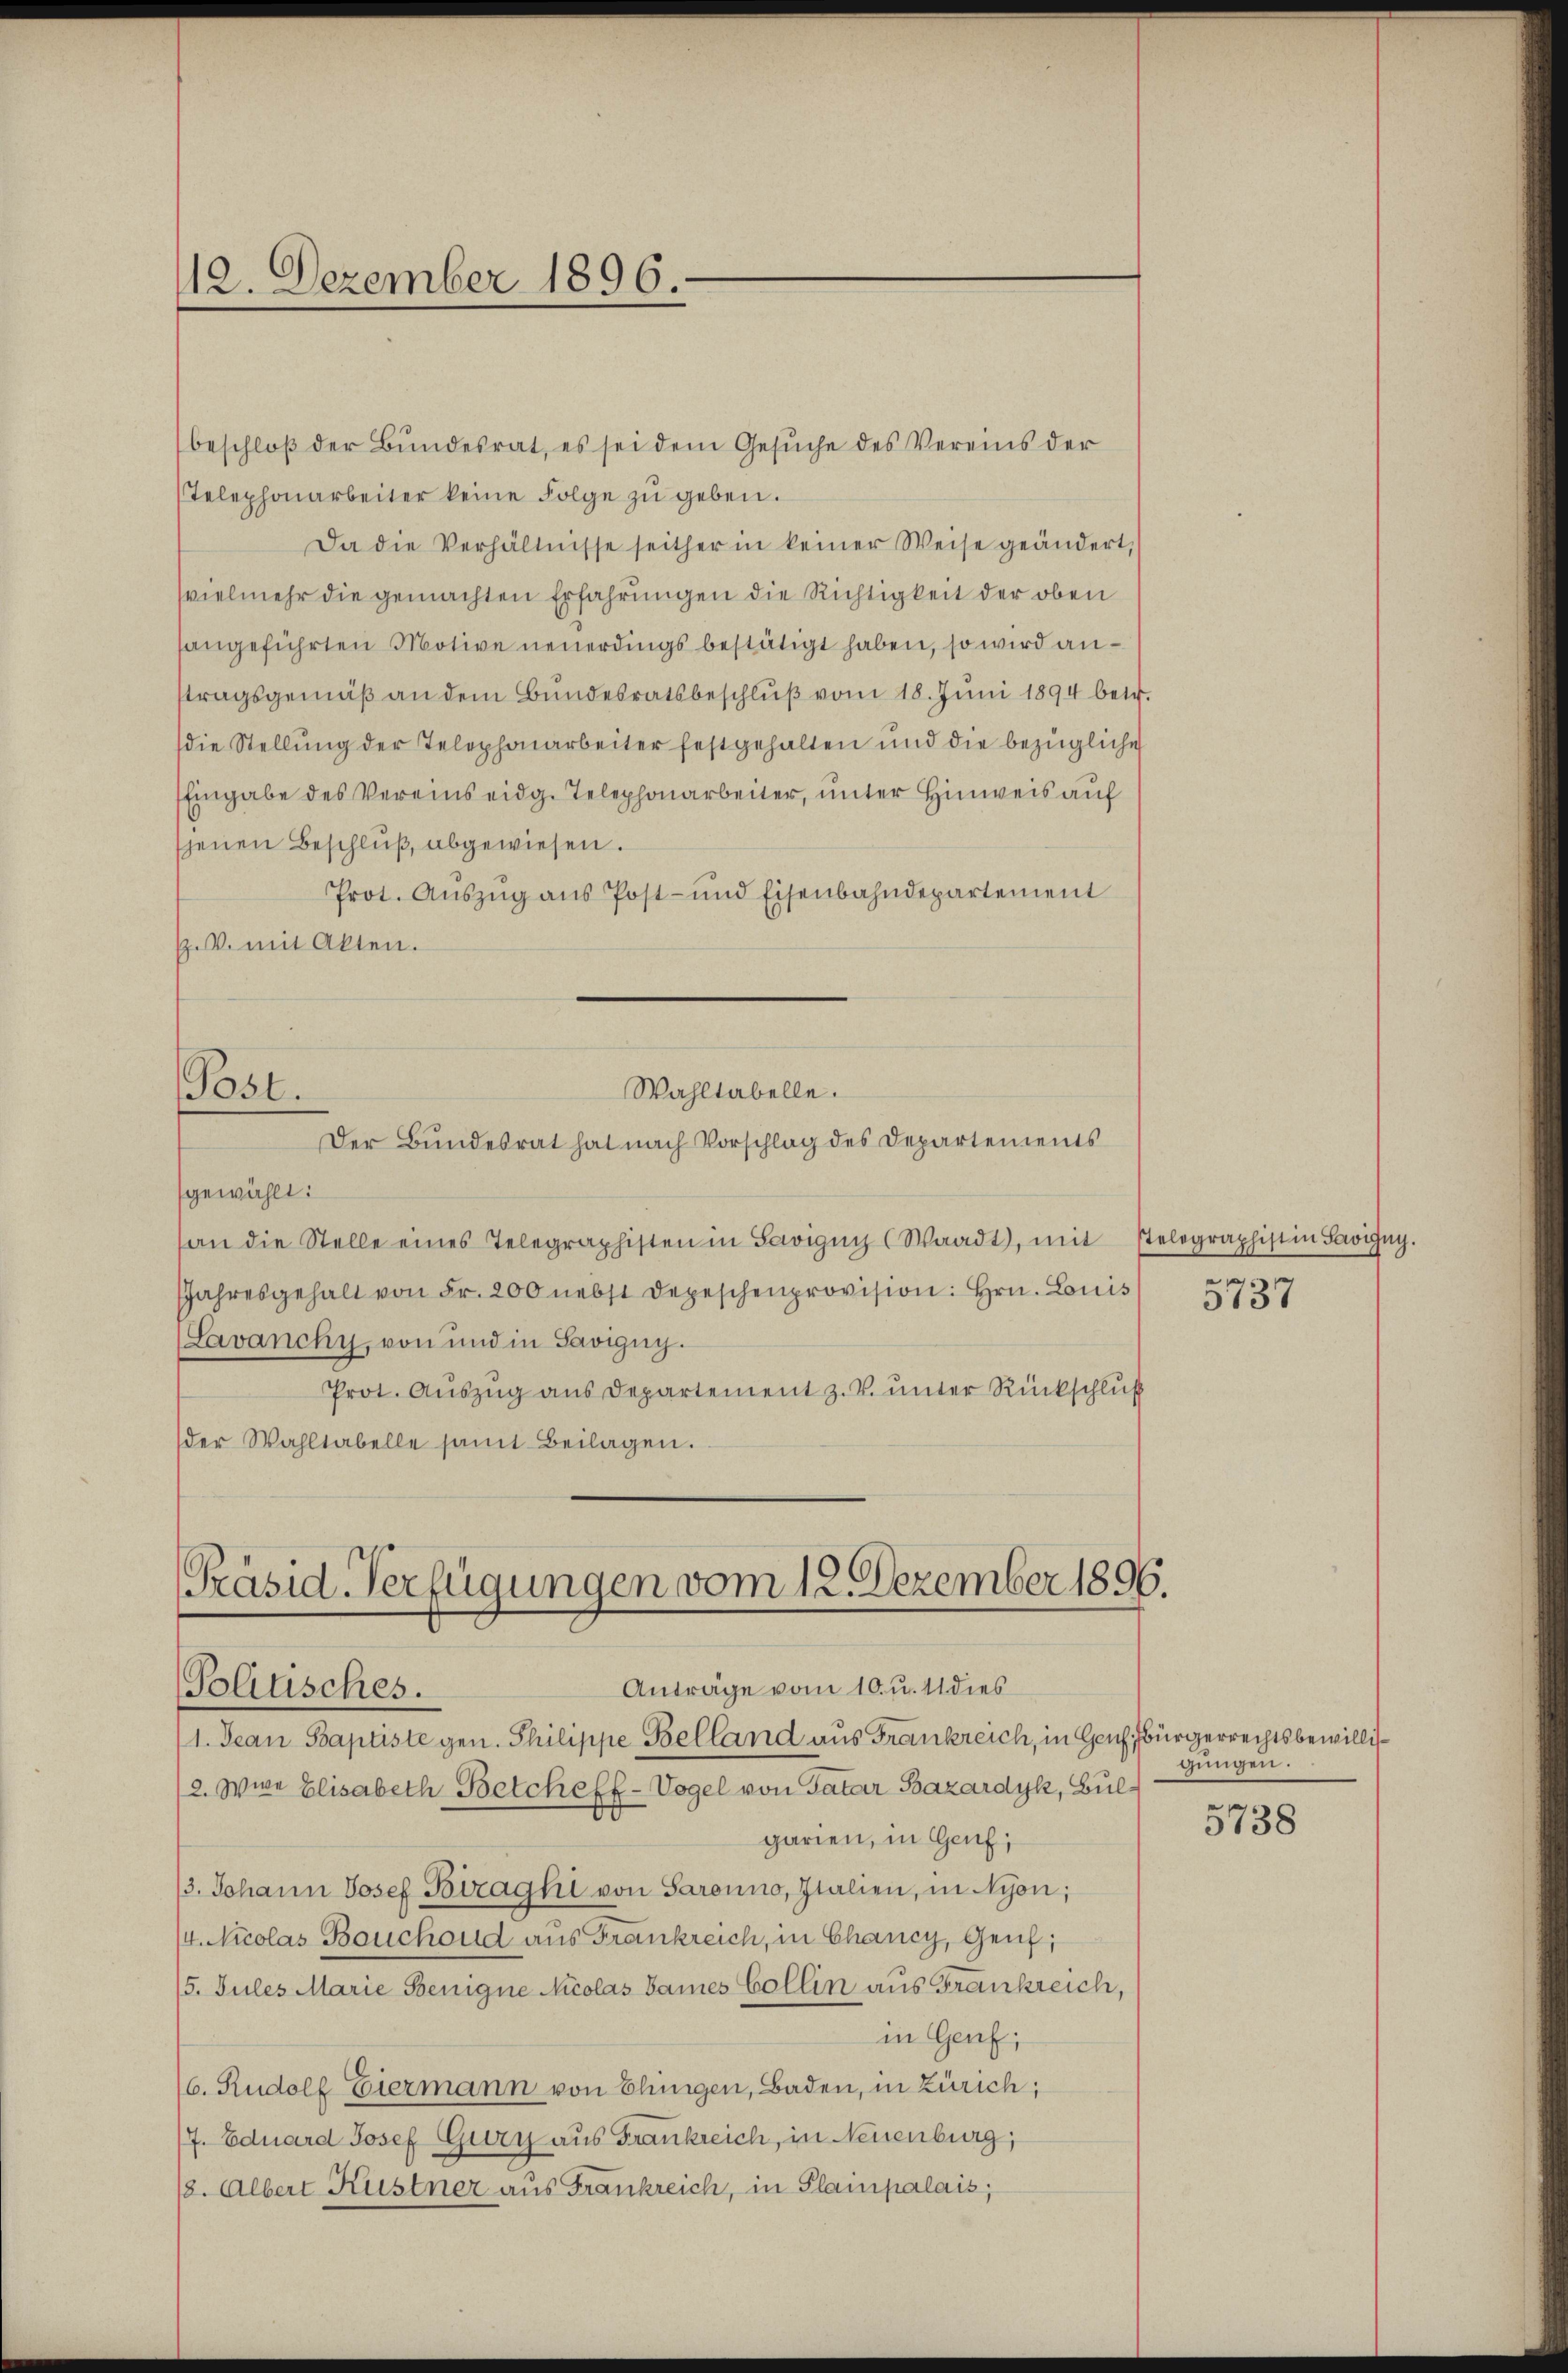
112. Dezember 1896.

beschloβ der Bŭndesrat, es sei dem Gesŭche des Vereins der
Telephonarbeiter keine Folge zŭ geben.
Da die Verhältnisse seither in keiner Weise geändert,
vielmehr die gemachten Erfahrungen die Richtigkeit der oben
sangeführten Motive neuerdings bestätigt haben, so wird anstragsgemäß an dem Bundesratsbeschlŭβ vom 18. Juni 1894 betr.
(die Stellŭng der Telephonarbeiter festgehalten und die bezügliche
Eingabe des Vereins eidg. Telephonarbeiter, unter Hinweis auf
jenen Beschluß abgewiesen.
Prot. Aŭszŭg ans Post- und Eisenbahndepartement
E.V. mit Akten.

Wahltabelle.
Post.
Der Bundesrat hat nach Vorschlag des Departements

Präsid. Verfügungen vom 12. Dezember 1896.
Anträge vom 10. u. 11 dies
Blitisches.

gewählt:
(an die Stelle eines Telegraphisten in Savigny (Waadt, mit stelegraphist in Savigny
JJahresgehalt von Fr. 200 nebst Depeschenprovision Hrn. Louis
Lavanchy, von und in Savigny.
Prot. Aŭszŭg ans Departement z. V. ŭnter Rückschluß
der Wahltabelle samt Beilagen.

2. wie Elisabeth Betcheff-Vogel von Patar Bazardyk, Bul¬

11. Jean Baptiste gen. Philippe Belland aus Frankreich, in Genf, Bürgerrechtsbewillisgarien, in Genf,
13. Johann Josef Biraghi von Saranno, Italien, in Nyon;
/4. Nicolas Bauchoud aus Frankreich, in Chancy, Genf;
15. Jules Marie Benigne Nicolas damnes Collin aus Frankreich,
in Genf;
6. Rudolf Eiermann von Elinigen, Baden, in Zürich;
7. Eduard Josef Gury aus Frankreich, in Neuenburg,
18. Albert Kustner aus Frankreich, in Plampalais,

5737

gungen.

5738

.